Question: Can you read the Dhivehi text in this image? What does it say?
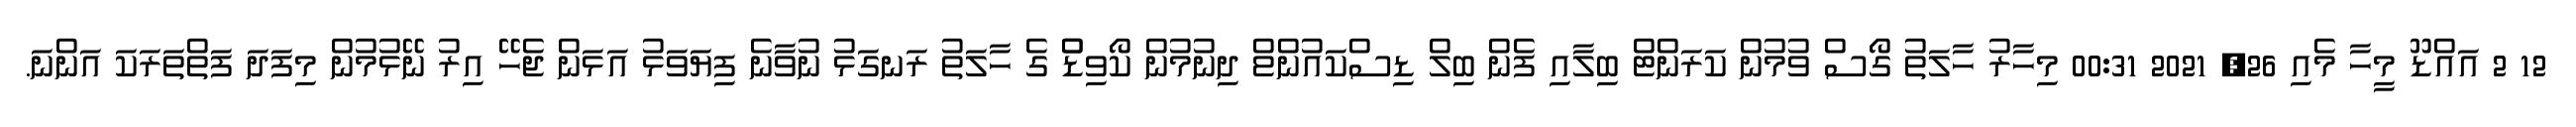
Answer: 12 2 އައްޑޫ މީހާ މެއި 26, 2021 00:31 މިހާރު ހާލަތު ގޯސް ވުމުން ކަރަންޓް ބިލާއި ފެން ބިލް ޑިސްކައުންޱް ދިނުމުން ކޯވިޑްް ގެ ހާލަތު ރަނގަޅު ނުވާނެ ފިޔަވަޅު އަޅަން ޖެހޭ އިރު ނޭޅުމުން މިފަދަ ފަތްތަރަކަ އަންނަ.